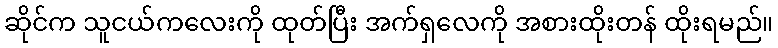
ဆိုင်က သူငယ်ကလေးကို ထုတ်ပြီး အက်ရှလေကို အစားထိုးတန် ထိုးရမည်။